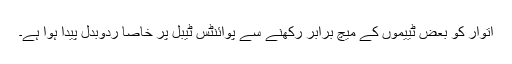
اتوار کو بعض ٹییموں کے میچ برابر رکھنے سے پوائنٹس ٹیبل پر خاصا ردوبدل پیدا ہوا ہے۔